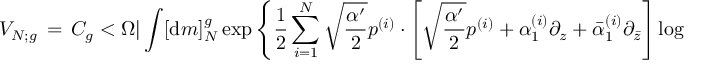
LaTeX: { \cal V } _ { N ; g } \, = \, { \cal C } _ { g } < \Omega | \int [ { \mathrm { d } } m ] _ { N } ^ { g } \exp \left\{ \frac { 1 } { 2 } \sum _ { i = 1 } ^ { N } \sqrt { \frac { \alpha ^ { \prime } } { 2 } } p ^ { ( i ) } \cdot \left. \! \left[ \sqrt { \frac { \alpha ^ { \prime } } { 2 } } p ^ { ( i ) } + { \alpha } _ { 1 } ^ { ( i ) } \partial _ { z } + \bar { \alpha } _ { 1 } ^ { ( i ) } \partial _ { \bar { z } } \right] \log | V _ { i } ^ { \prime } ( z ) | ^ { 2 } \right| _ { z = 0 } \right\}